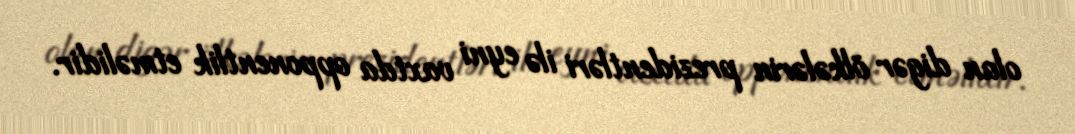
olan digər ölkələrin prezidentləri ilə eyni vaxtda opponentlik etməlidir.